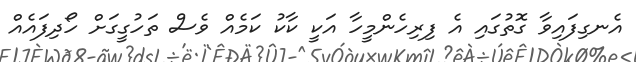
އެނގިފައިވާ ގޮތުގައި އެ ފިރިހެންމީހާ އަކީ ކާކު ކަމެއް ވެސް ތަހުގީގަށް ހޯދިފައެއް